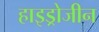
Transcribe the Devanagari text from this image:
हाइड्रोजीन